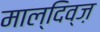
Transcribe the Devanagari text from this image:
माल्दिव्ज़